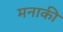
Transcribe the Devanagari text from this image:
मनाकी